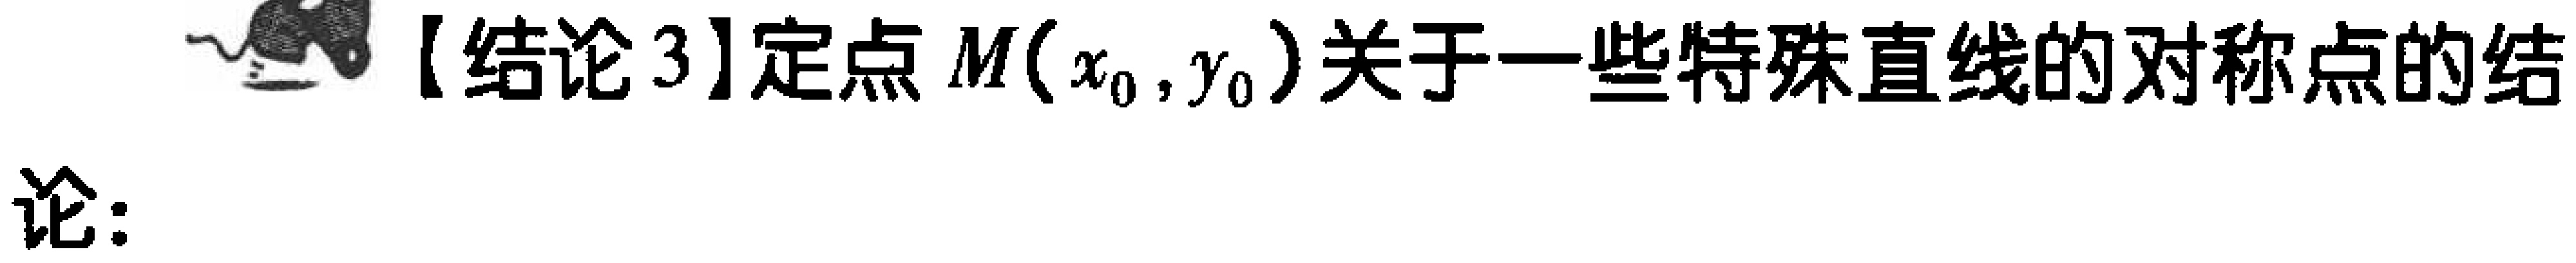
【结论 3】定点 \(M(x_0,y_0)\)关于一些特殊直线的对称点的结
论：